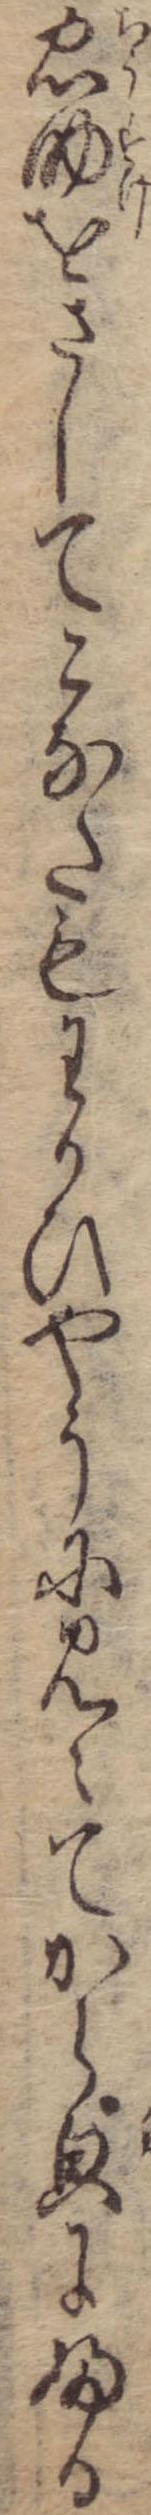
忠助をさしてこなたもわかひやうに見えてから貌にふる